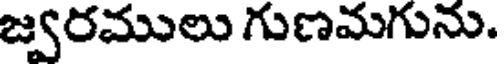
జ్వరములు గుణమగును.